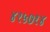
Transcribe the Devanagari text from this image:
४१५७१४